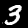
Digit: 3